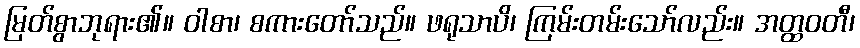
မြတ်စွာဘုရား၏။ ဝါစာ၊ စကားတော်သည်။ ဖရုသာပိ၊ ကြမ်းတမ်းသော်လည်း။ အတ္ထဝတီ၊